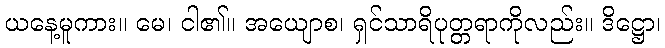
ယနေ့မူကား။ မေ၊ ငါ၏။ အယျောစ၊ ရှင်သာရိပုတ္တရာကိုလည်း။ ဒိဋ္ဌော၊